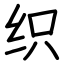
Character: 织